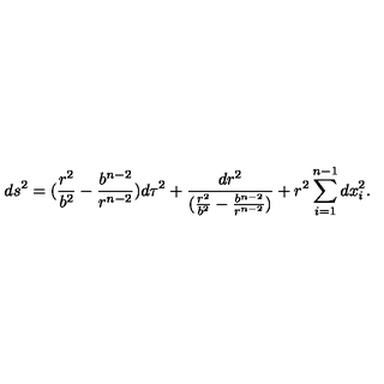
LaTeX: d s ^ { 2 } = ( \frac { r ^ { 2 } } { b ^ { 2 } } - \frac { b ^ { n - 2 } } { r ^ { n - 2 } } ) d \tau ^ { 2 } + \frac { d r ^ { 2 } } { ( \frac { r ^ { 2 } } { b ^ { 2 } } - \frac { b ^ { n - 2 } } { r ^ { n - 2 } } ) } + r ^ { 2 } \sum _ { i = 1 } ^ { n - 1 } d x _ { i } ^ { 2 } .